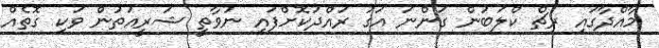
މާއްދާގައި ރިޗް ކްލަބުން ގަންނަ އަގު ރައްދުކޮށްފައި ނުވާތީ ޝަރީއަތުން ވަކި ގޮތެއް